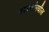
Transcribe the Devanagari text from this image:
वक्त्यांमधील